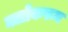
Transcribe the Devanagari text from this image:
क्लोकरूम